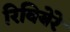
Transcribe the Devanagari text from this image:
रिवियेरे